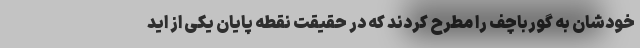
خودشان به گورباچف را مطرح کردند که در حقیقت نقطه پایان یکی از اید